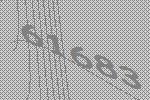
61683